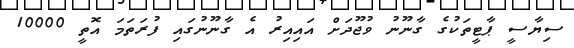
ސިޔާސީ ޕާޓީތަކުގެ ގާނޫނު ވުޖޫދަށް އައިއިރު އެ ގާނޫނުގައި ފުރަތަމަ އޮތީ 10000